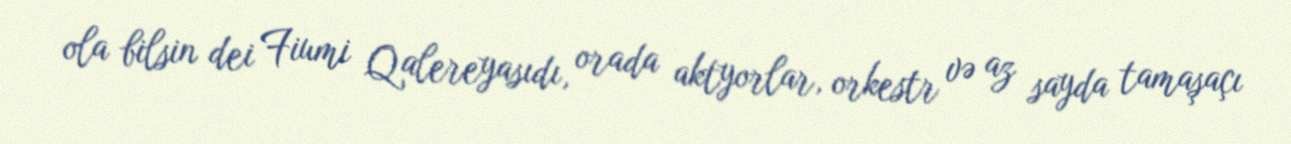
ola bilsin dei Fiumi Qalereyasıdı, orada aktyorlar, orkestr və az sayda tamaşaçı